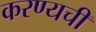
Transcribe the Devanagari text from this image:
करण्यची